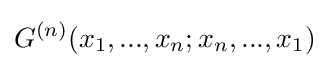
G^{(n)}(x_{1},...,x_{n};x_{n},...,x_{1})